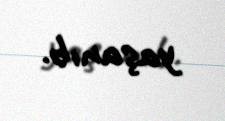
yaşanıb.